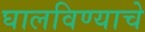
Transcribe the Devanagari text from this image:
घालविण्याचे